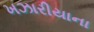
ખઝારીયાના